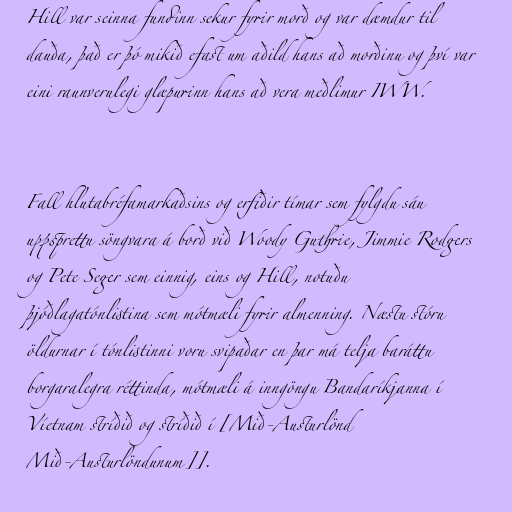
Hill var seinna fundinn sekur fyrir morð og var dæmdur til
dauða, það er þó mikið efast um aðild hans að morðinu og því var
eini raunverulegi glæpurinn hans að vera meðlimur IWW.

Fall hlutabréfamarkaðsins og erfiðir tímar sem fylgdu sáu
uppsprettu söngvara á borð við Woody Guthrie, Jimmie Rodgers
og Pete Seger sem einnig, eins og Hill, notuðu
þjóðlagatónlistina sem mótmæli fyrir almenning. Næstu stóru
öldurnar í tónlistinni voru svipaðar en þar má telja baráttu
borgaralegra réttinda, mótmæli á inngöngu Bandaríkjanna í
Víetnam stríðið og stríðið í [Mið-Austurlönd
Mið-Austurlöndunum]].